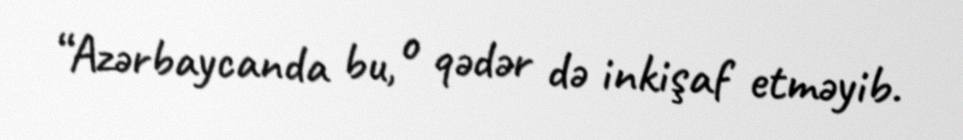
“Azərbaycanda bu, o qədər də inkişaf etməyib.